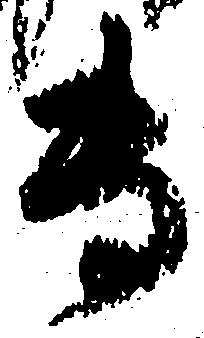
専